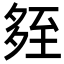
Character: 𡖧